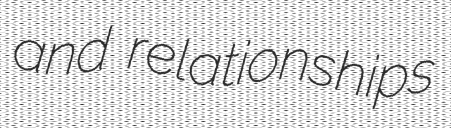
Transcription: and relationships